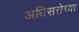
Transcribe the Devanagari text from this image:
अधिसत्तेच्या